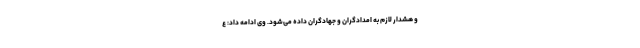
و هشدار لازم به امدادگران و جهادگران داده می‌شود. وی ادامه داد: ع